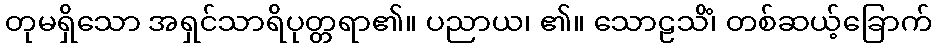
တုမရှိသော အရှင်သာရိပုတ္တရာ၏။ ပညာယ၊ ၏။ သောဠသိံ၊ တစ်ဆယ့်ခြောက်